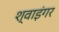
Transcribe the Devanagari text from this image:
श्वाइंगर